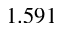
1 . 5 9 1